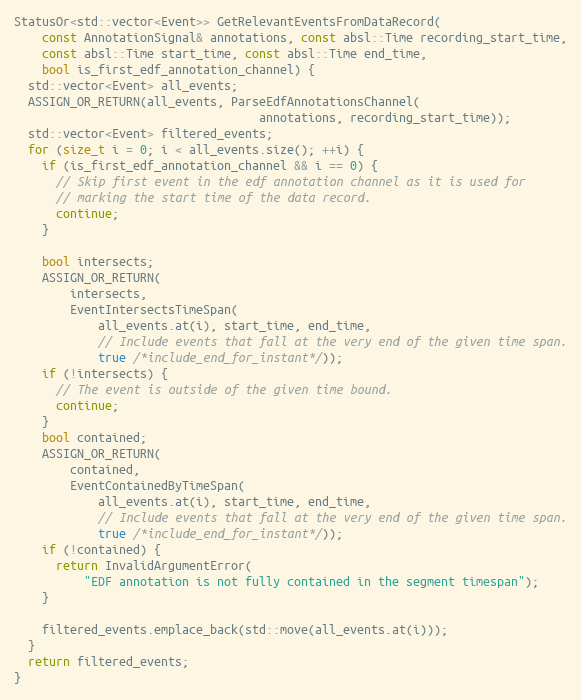
Language: C++
StatusOr<std::vector<Event>> GetRelevantEventsFromDataRecord(
    const AnnotationSignal& annotations, const absl::Time recording_start_time,
    const absl::Time start_time, const absl::Time end_time,
    bool is_first_edf_annotation_channel) {
  std::vector<Event> all_events;
  ASSIGN_OR_RETURN(all_events, ParseEdfAnnotationsChannel(
                                   annotations, recording_start_time));
  std::vector<Event> filtered_events;
  for (size_t i = 0; i < all_events.size(); ++i) {
    if (is_first_edf_annotation_channel && i == 0) {
      // Skip first event in the edf annotation channel as it is used for
      // marking the start time of the data record.
      continue;
    }

    bool intersects;
    ASSIGN_OR_RETURN(
        intersects,
        EventIntersectsTimeSpan(
            all_events.at(i), start_time, end_time,
            // Include events that fall at the very end of the given time span.
            true /*include_end_for_instant*/));
    if (!intersects) {
      // The event is outside of the given time bound.
      continue;
    }
    bool contained;
    ASSIGN_OR_RETURN(
        contained,
        EventContainedByTimeSpan(
            all_events.at(i), start_time, end_time,
            // Include events that fall at the very end of the given time span.
            true /*include_end_for_instant*/));
    if (!contained) {
      return InvalidArgumentError(
          "EDF annotation is not fully contained in the segment timespan");
    }

    filtered_events.emplace_back(std::move(all_events.at(i)));
  }
  return filtered_events;
}